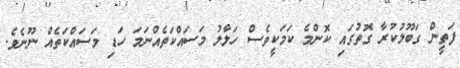
ފަތީން ގަބޫލުކުރާ ގޮތުގައި ކޮންމެ ކަމަކީވެސް ހަލާލު މަސައްކަތެއްނަމަ ހަޑި މަސައްކަތެއް ނޫނެވެ.